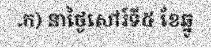
.ក) នាថ្ងៃសៅរ៍ទី៥ ខែឆ្នូ